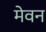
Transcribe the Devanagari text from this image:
मेवन